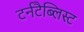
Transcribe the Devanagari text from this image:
टर्नटैब्लिस्ट